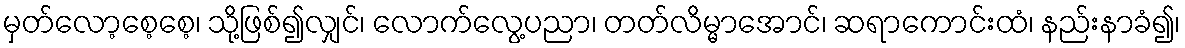
မှတ်လော့စေ့စေ့၊ သို့ဖြစ်၍လျှင်၊ လောက်လွေ့ပညာ၊ တတ်လိမ္မာအောင်၊ ဆရာကောင်းထံ၊ နည်းနာခံ၍၊